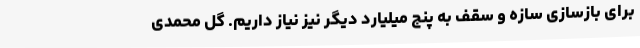
برای بازسازی سازه و سقف به پنج میلیارد دیگر نیز نیاز داریم. گل محمدی